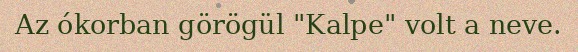
Az ókorban görögül "Kalpe" volt a neve.